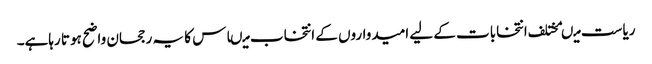
ریاست میںمختلف انتخابات کے لیے امیدواروں کے انتخاب میںاس کا یہ رجحان واضح ہوتا رہاہے۔